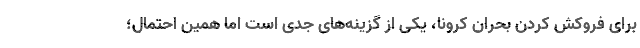
برای فروکش کردن بحران کرونا، یکی از گزینه‌های جدی است اما همین احتمال؛